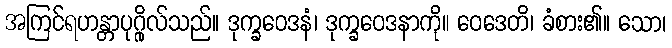
အကြင်ရဟန္တာပုဂ္ဂိုလ်သည်။ ဒုက္ခဝေဒနံ၊ ဒုက္ခဝေဒနာကို။ ဝေဒေတိ၊ ခံစား၏။ သော၊